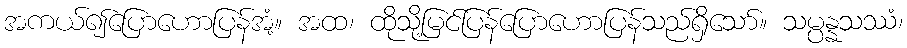
အကယ်၍ပြောဟောပြန်အံ့။ အထ၊ ထိုသို့မြင်ပြန်ပြောဟောပြန်သည်ရှိသော်။ သမ္ပန္နသဿံ၊